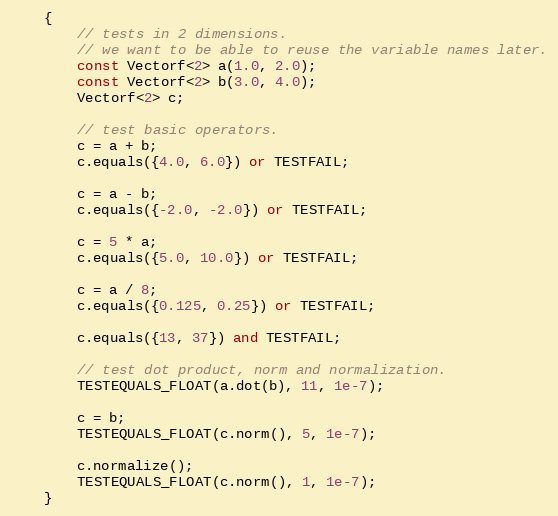
Language: C++
	{
		// tests in 2 dimensions.
		// we want to be able to reuse the variable names later.
		const Vectorf<2> a(1.0, 2.0);
		const Vectorf<2> b(3.0, 4.0);
		Vectorf<2> c;

		// test basic operators.
		c = a + b;
		c.equals({4.0, 6.0}) or TESTFAIL;

		c = a - b;
		c.equals({-2.0, -2.0}) or TESTFAIL;

		c = 5 * a;
		c.equals({5.0, 10.0}) or TESTFAIL;

		c = a / 8;
		c.equals({0.125, 0.25}) or TESTFAIL;

		c.equals({13, 37}) and TESTFAIL;

		// test dot product, norm and normalization.
		TESTEQUALS_FLOAT(a.dot(b), 11, 1e-7);

		c = b;
		TESTEQUALS_FLOAT(c.norm(), 5, 1e-7);

		c.normalize();
		TESTEQUALS_FLOAT(c.norm(), 1, 1e-7);
	}